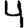
Digit: 4